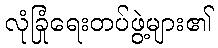
လုံခြုံရေးတပ်ဖွဲ့များ၏